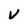
Character: v